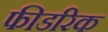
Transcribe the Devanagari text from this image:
फीडरिक